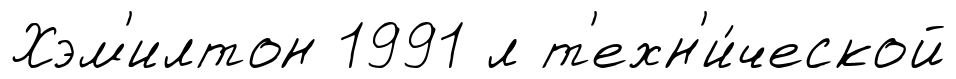
Хэм'илтон 1991 л т'ехн'и́ческой